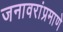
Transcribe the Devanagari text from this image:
जनावरांप्रमाणे